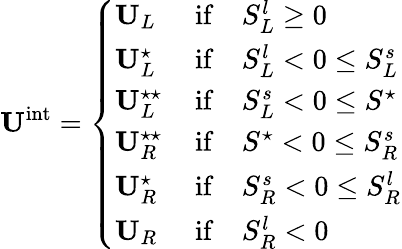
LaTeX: \mathbf{U}^{\mathrm{int}}=\left\{ \begin{array}{ll}{\mathbf{U}_{L}\, }&{\mathrm{if}\quad S_{L}^{l}\geq 0}\\ {\mathbf{U}_{L}^{\star}\, }&{\mathrm{if}\quad S_{L}^{l}<0\leq S_{L}^{s}}\\ {\mathbf{U}_{L}^{\star\star}\, }&{\mathrm{if}\quad S_{L}^{s}<0\leq S^{\star}}\\ {\mathbf{U}_{R}^{\star\star}\, }&{\mathrm{if}\quad S^{\star}<0\leq S_{R}^{s}}\\ {\mathbf{U}_{R}^{\star}\, }&{\mathrm{if}\quad S_{R}^{s}<0\leq S_{R}^{l}}\\ {\mathbf{U}_{R}\, }&{\mathrm{if}\quad S_{R}^{l}<0}\end{array}\right.